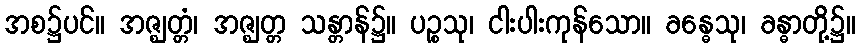
အစ၌ပင်။ အဇ္ဈတ္တံ၊ အဇ္ဈတ္တ သန္တာန်၌။ ပဉ္စသု၊ ငါးပါးကုန်သော။ ခန္ဓေသု၊ ခန္ဓာတို့၌။